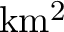
\mathrm { k m ^ { 2 } }